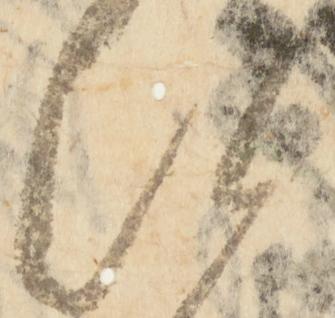
次